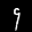
Label: 9